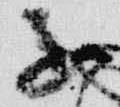
子